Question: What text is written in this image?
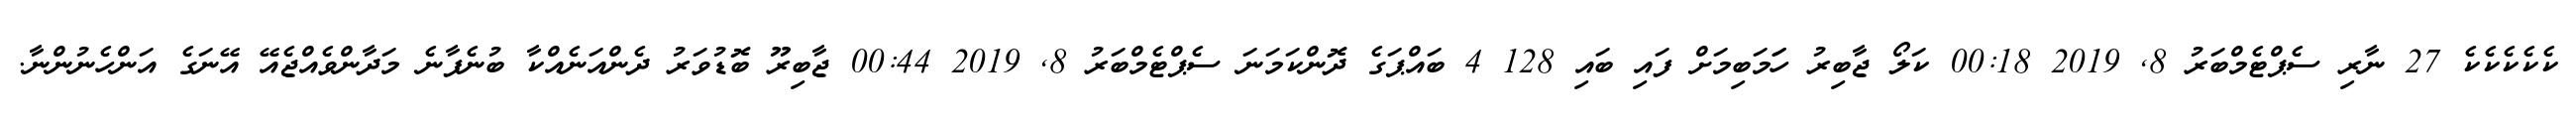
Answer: ކެކެކެކެކެ 27 ނާރި ސެޕްޓެމްބަރު 8, 2019 00:18 ކަލޯ ޖާބިރު ހަަމަބިމަށް ފައި ބައި 128 4 ބައްޕަގެ ދޮންކަމަނަ ސެޕްޓެމްބަރު 8, 2019 00:44 ޖާބިރޫ ބޮޑުވަރު ދެންއަނެއްކާ ބުނެފާނެ މަދާންވެއްޖެއޭ އޭނަގެ އަންހެނުންނާ.